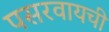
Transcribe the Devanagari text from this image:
पसरवायची